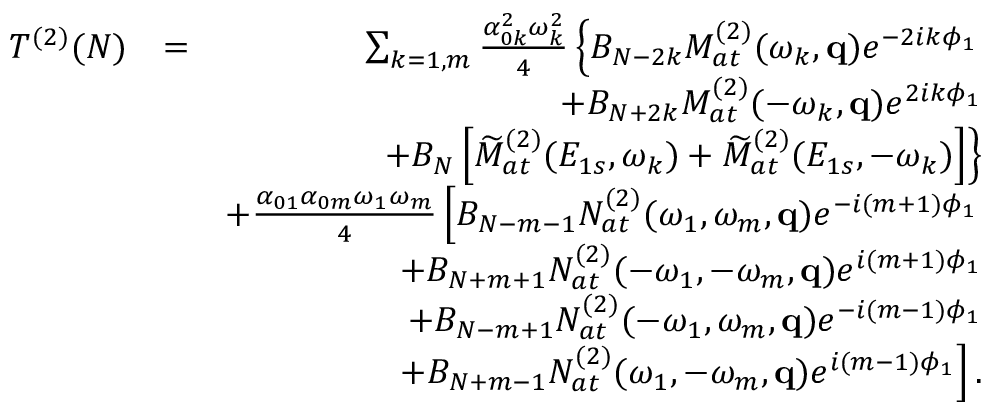
\begin{array} { r l r } { T ^ { ( 2 ) } ( N ) } & { = } & { \sum _ { k = 1 , m } \frac { \alpha _ { 0 k } ^ { 2 } \omega _ { k } ^ { 2 } } { 4 } \left\{ B _ { N - 2 k } { \cal M } _ { a t } ^ { ( 2 ) } ( \omega _ { k } , \mathbf { q } ) e ^ { - 2 i k \phi _ { 1 } } \right. } \\ & { } & { + B _ { N + 2 k } { \cal M } _ { a t } ^ { ( 2 ) } ( - \omega _ { k } , \mathbf { q } ) e ^ { 2 i k \phi _ { 1 } } } \\ & { } & { \left. + B _ { N } \left[ \widetilde { \cal M } _ { a t } ^ { ( 2 ) } ( { E } _ { 1 s } , \omega _ { k } ) + \widetilde { \cal M } _ { a t } ^ { ( 2 ) } ( { E } _ { 1 s } , - \omega _ { k } ) \right] \right\} } \\ & { } & { + \frac { \alpha _ { 0 1 } \alpha _ { 0 m } \omega _ { 1 } \omega _ { m } } { 4 } \left[ B _ { N - m - 1 } { \cal N } _ { a t } ^ { ( 2 ) } ( \omega _ { 1 } , \omega _ { m } , \mathbf { q } ) e ^ { - i ( m + 1 ) \phi _ { 1 } } \right. } \\ & { } & { + B _ { N + m + 1 } { \cal N } _ { a t } ^ { ( 2 ) } ( - \omega _ { 1 } , - \omega _ { m } , \mathbf { q } ) e ^ { i ( m + 1 ) \phi _ { 1 } } } \\ & { } & { + B _ { N - m + 1 } { \cal N } _ { a t } ^ { ( 2 ) } ( - \omega _ { 1 } , \omega _ { m } , \mathbf { q } ) e ^ { - i ( m - 1 ) \phi _ { 1 } } } \\ & { } & { \left. + B _ { N + m - 1 } { \cal N } _ { a t } ^ { ( 2 ) } ( \omega _ { 1 } , - \omega _ { m } , \mathbf { q } ) e ^ { i ( m - 1 ) \phi _ { 1 } } \right] . } \end{array}